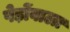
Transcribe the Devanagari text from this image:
पेड़ोंवाला